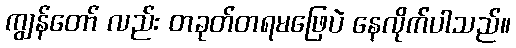
ကျွန်တော် လည်း တခုတ်တရမဖြေပဲ နေလိုက်ပါသည်။